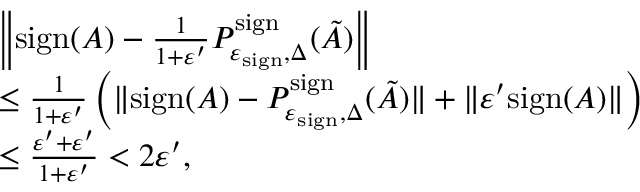
\begin{array} { r l } & { \left\| \mathrm { s i g n } ( A ) - \frac { 1 } { 1 + \varepsilon ^ { \prime } } P _ { \varepsilon _ { \mathrm { s i g n } } , \Delta } ^ { \mathrm { s i g n } } ( \tilde { A } ) \right\| } \\ & { \leq \frac { 1 } { 1 + \varepsilon ^ { \prime } } \left( \| \mathrm { s i g n } ( A ) - P _ { \varepsilon _ { \mathrm { s i g n } } , \Delta } ^ { \mathrm { s i g n } } ( \tilde { A } ) \| + \| \varepsilon ^ { \prime } \mathrm { s i g n } ( A ) \| \right) } \\ & { \leq \frac { \varepsilon ^ { \prime } + \varepsilon ^ { \prime } } { 1 + \varepsilon ^ { \prime } } < 2 \varepsilon ^ { \prime } , } \end{array}